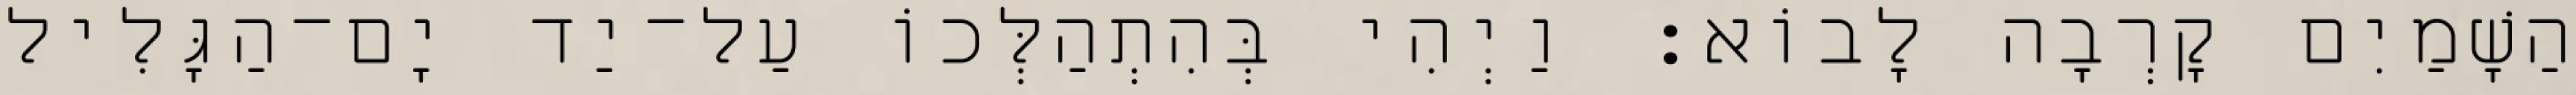
הַשָׁמַיִם קָרְבָה לָבוֹא׃ וַיְהִי בְּהִתְהַלְּכוֹ עַל־יַד יָם־הַגָּלִיל